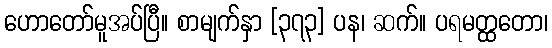
ဟောတော်မူအပ်ပြီ။ စာမျက်နှာ [၃၇၃] ပန၊ ဆက်။ ပရမတ္ထတော၊